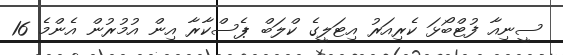
ސީނިއާ ފުޓްބޯޅަ ކެރިއަރު އިޓަލީގެ ކްލަބް ޕެސްކާރާ އިން އުމުރުން އެންމެ 16